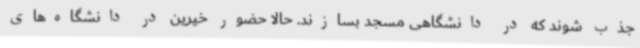
جذب شوند که در دانشگاهی مسجد بسازند. حالا حضور خیرین در دانشگاه‌های